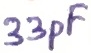
Text: 33pF